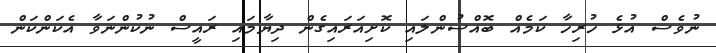
ނުވެސް އުޅެ ހުރިހާ ކަމެއް ބޮއްސުންލައި ކޮށިއަރައިގެން ދިޔާމައި ރައީސް ނުކުންނަވާ އެކަންކަން